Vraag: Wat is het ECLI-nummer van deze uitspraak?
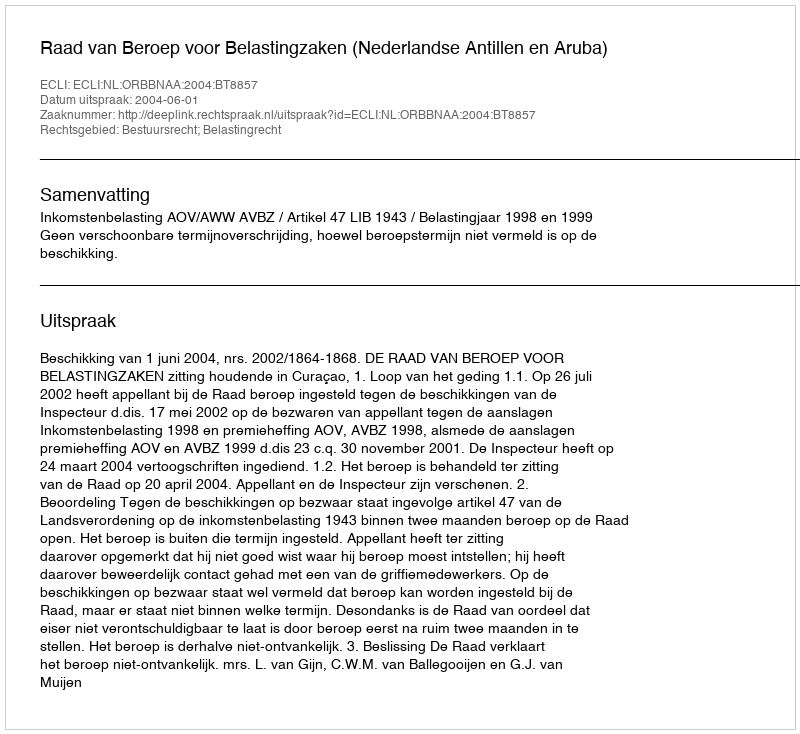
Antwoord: ECLI:NL:ORBBNAA:2004:BT8857